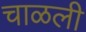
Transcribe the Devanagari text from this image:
चाळली